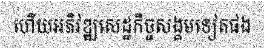
ហើយអភិវឌ្ឍសេដ្ឋកិច្ចសង្គមទៀតផង